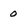
Character: 0